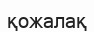
қожалақ